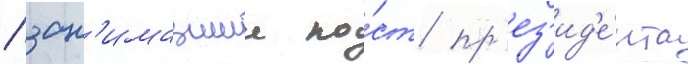
/ зан'имавшии по́ст пр'ез'ид'е́нта